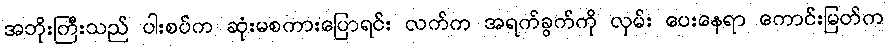
အဘိုးကြီးသည် ပါးစပ်က ဆုံးမစကားပြောရင်း လက်က အရက်ခွက်ကို လှမ်း ပေးနေရာ ကောင်းမြတ်က